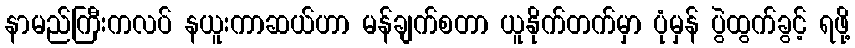
နာမည်ကြီးကလပ် နယူးကာဆယ်ဟာ မန်ချက်စတာ ယူနိုက်တက်မှာ ပုံမှန် ပွဲထွက်ခွင့် ရဖို့